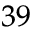
^ { 3 9 }